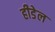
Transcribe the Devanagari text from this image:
हीडेल